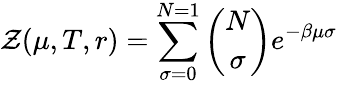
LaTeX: \mathcal{Z}(\mu,T,r)=\sum_{\sigma=0}^{N=1}{\binom{N}{\sigma}}e^{-\beta\mu\sigma}